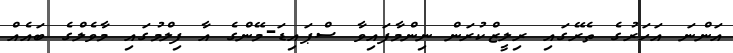
އަންނަ އަހަރުގެ ތެރޭގައި ރިލީޒްކުރަން ނިންމާފައިވާ ސްޕައިޑަ-މޭންގެ އާ ފިލްމުގައި މާވެލްގެ ބައެއް